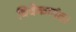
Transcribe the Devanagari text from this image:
विवेकानंद।